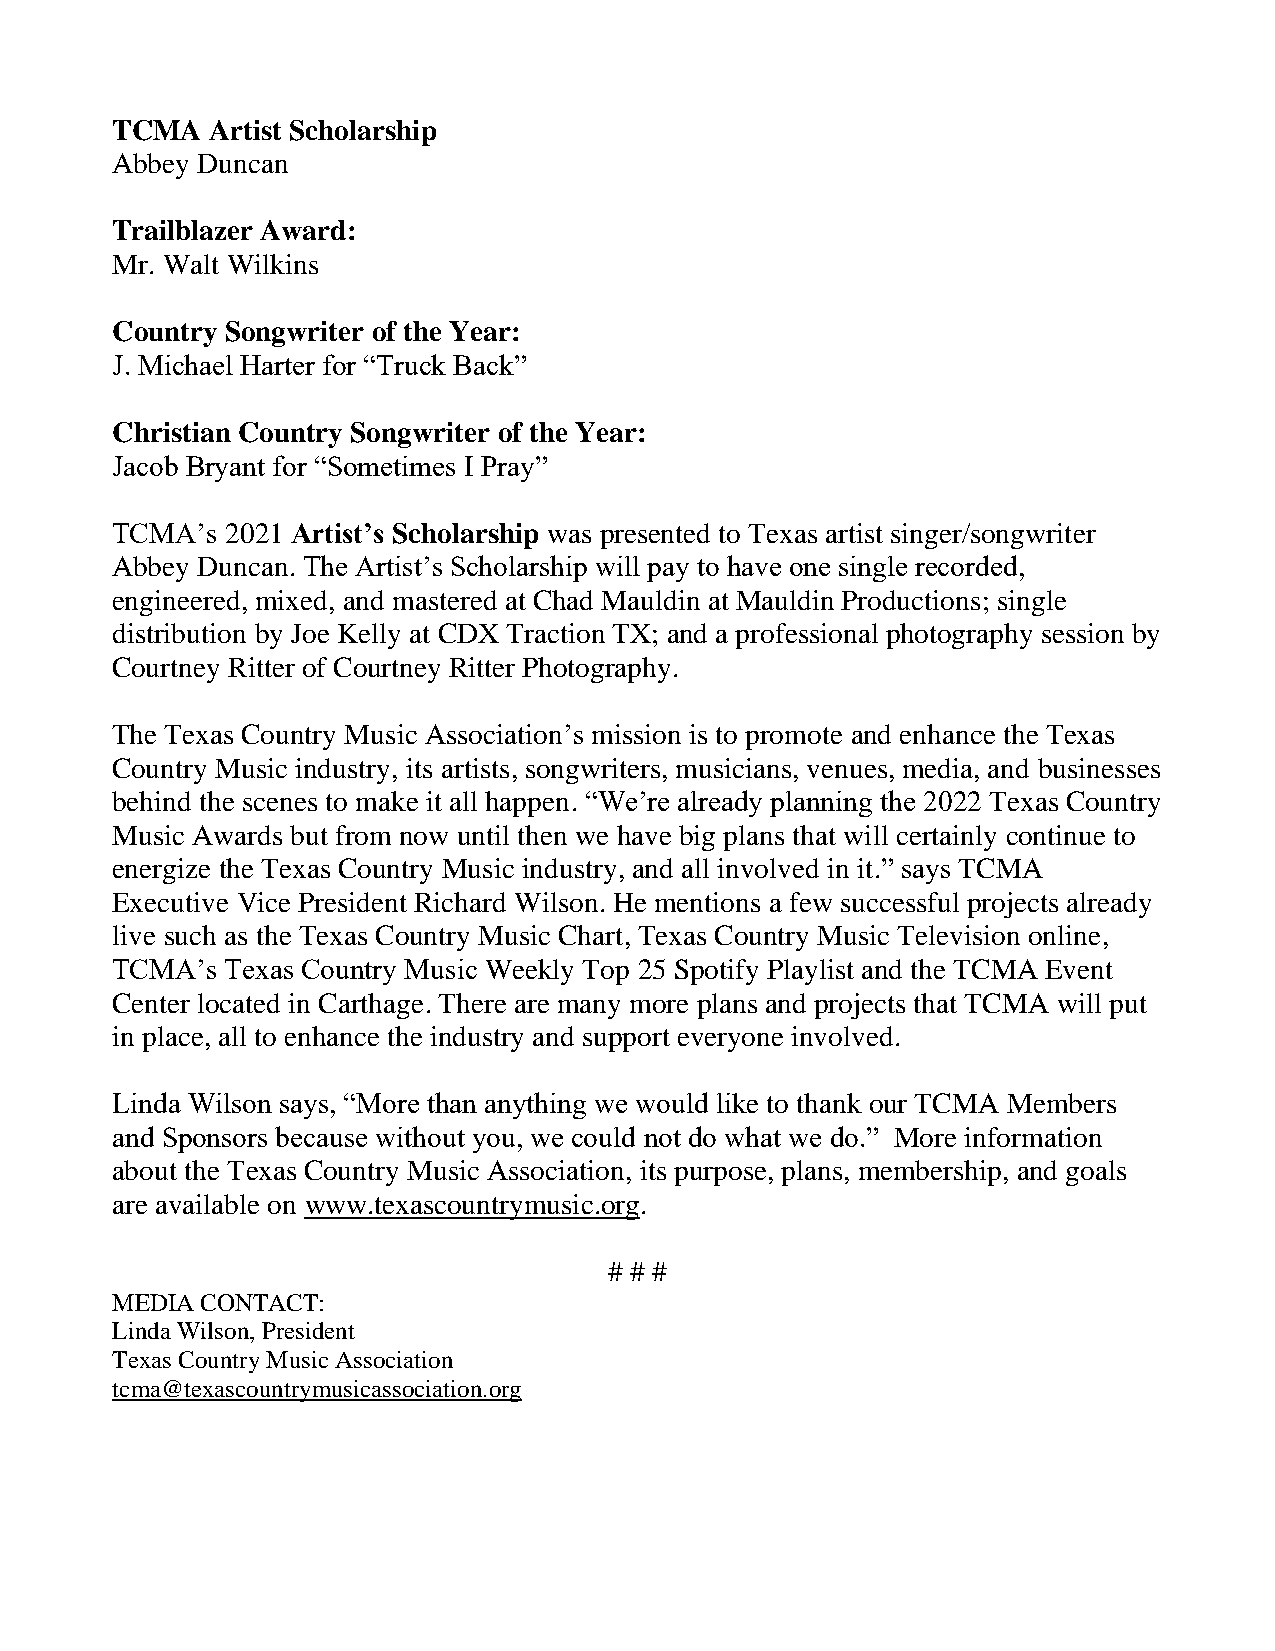
TCMA   Artist Scholarship
 Abbey Duncan
 Trailblazer Award:
 Mr. Walt Wilkins
 Country Songwriter of the Year:
 J. Michael Harter for “Truck Back”
 Christian Country Songwriter of the Year:
 Jacob Bryant for “Sometimes I Pray”
 TCMA’s  2021 Artist’s Scholarship was presented to Texas artist singer/songwriter
 Abbey Duncan. The Artist’s Scholarship will pay to have one single recorded,
 engineered, mixed, and mastered at Chad Mauldin at Mauldin Productions; single
 distribution by Joe Kelly at CDX Traction TX; and a professional photography session by
 Courtney Ritter of Courtney Ritter Photography.
 The Texas Country Music Association’s mission is to promote and enhance the Texas
 Country Music industry, its artists, songwriters, musicians, venues, media, and businesses
 behind the scenes to make it all happen. “We’re already planning the 2022 Texas Country
 Music Awards but from now until then we have big plans that will certainly continue to
 energize the Texas Country Music industry, and all involved in it.” says TCMA
 Executive Vice President Richard Wilson. He mentions a few successful projects already
 live such as the Texas Country Music Chart, Texas Country Music Television online,
 TCMA’s  Texas Country Music Weekly Top 25 Spotify Playlist and the TCMA Event
 Center located in Carthage. There are many more plans and projects that TCMA will put
 in place, all to enhance the industry and support everyone involved.
 Linda Wilson says, “More than anything we would like to thank our TCMA Members
 and Sponsors because without you, we could not do what we do.” More information
 about the Texas Country Music Association, its purpose, plans, membership, and goals
 are available on www.texascountrymusic.org.
 # # #
 MEDIA CONTACT:
 Linda Wilson, President
 Texas Country Music Association
 tcma@texascountrymusicassociation.org